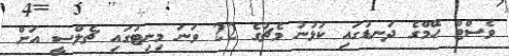
ވެސްޓް ހޭމްގެ ދަނޑުގައި ކުޅުނު މެޗުގެ 22 ވަނަ މިނިޓުގައި ޗެލްސީ އަށް